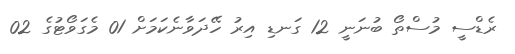
ރެޑްސީ މުސްތޯ ބުނަނީ 12 ގަނޑި އިރު ހޭދަވާނެކަމަށް 01 މެގަވޯޓުގެ 02